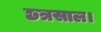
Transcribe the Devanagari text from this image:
छत्रसाल।